Scientific memoirs by medical officers of the Army of India - Part VI,
Year: 1891
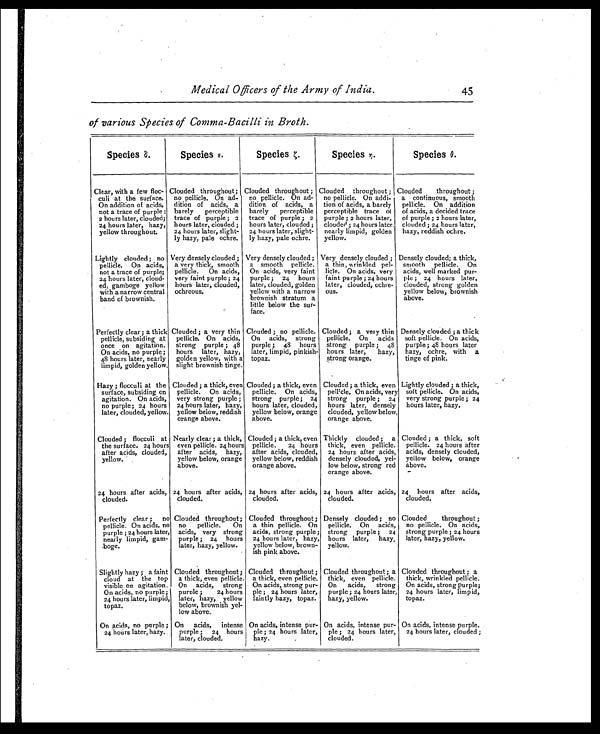
Medical Officers of the Army of India.
45
of various Species of Comma-Bacilli in Broth.
Species δ.
Species ε .
Species ζ.
Species η.
Species β.
Clear, with a few floc-
culi at the surface.
On addition of acids,
not a trace of purple ;
2 hours later, clouded;
24 hours later, hazy,
yellow throughout.
Clouded throughout;
no pellicle. On ad-
dition of acids, a
barely perceptible
trace of purple ; 2
hours later, clouded ;
24 hours later, slight-
ly hazy, pale ochre.
Clouded throughout ;
no pellicle. On ad-
dition of acids, a
barely perceptible
trace of purple; 2
hours later, clouded ;
24 hours later, slight-
ly hazy, pale ochre.
Clouded throughout ;
no pellicle. On addi-
tion of acids, a barely
perceptible trace of
purple; 2 hours later,
clouded; 24 hours later.
nearly limpid, golden
yellow.
Clouded throughout ;
a continuous, smooth
pellicle. On addition
of acids, a decided trace
of purple ; 2 hours later,
clouded ; 24 hours later,
hazy, reddish ochre.
Lightly clouded; no
pellicle. On acids,
not a trace of purple;
24 hours later, cloud-
ed, gamboge yellow
with a narrow central
band of brownish.
Very densely clouded ;
a very thick, smooth
pellicle. On acids,
very faint purple ; 24
hours later, clouded,
ochreous.
Very densely clouded ;
a smooth pellicle.
On acids, very faint
purple; 24 hours
later, clouded, golden
yellow with a narrow
brownish stratum a
little below the sur-
face.
Very densely clouded ;
a thin, wrinkled pel-
licle. On acids, very
faint purple ; 24 hours
later, clouded, ochre-
ous.
Densely clouded; a thick,
smooth pellicle. On
acids, well marked pur-
ple; • 24 hours later,
clouded, strong golden
yellow below, brownish
above.
Perfectly clear; a thick
pellicle, subsiding at
once on agitation.
On acids, no purple ;
48 hours later, nearly
limpid, golden yellow.
Clouded ; a very thin
pellicle. On acids,
strong purple ; 48
hours later, hazy,
golden yellow, with a
slight brownish tinge.
Clouded ; no pellicle.
On acids, strong
purple; 48 hours
later, limpid, pinkish-
topaz.
Clouded ; a very thin
pellicle. On acids
strong purple ; 48
hours later, hazy,
strong orange.
Densely clouded ; a thick
soft pellicle. On acids,
purple ; 48 hours later
hazy, ochre, with a
tinge of pink.
Hazy ; flocculi at the
surface, subsiding on
agitation. On acids,
no purple; 24 hours
later, clouded, yellow.
Clouded ; a thick, even
pellicle. On acids,
very strong purple ;
24 hours later, hazy,
yellow below, reddish
orange above.
Clouded ; a thick, even
pellicle. On acids,
strong purple ; 24
hours later, clouded,
yellow below, orange
above.
Clouded ; a thick, even
pellicle. On acids, very
strong purple ; 2
4 hours later, densely
clouded, yellow below
orange above.
Lightly clouded ; a thick,
soft pellicle. On acids,
very strong purple ; 24
hours later, hazy.
Clouded ; flocculi at
the surface. 24 hours
after acids, clouded,
yellow.
Nearly clear; a thick,
even pellicle. 24 hours
after acids, hazy,
yellow below, orange
above.
Clouded ; a thick, even
pellicle. 24 hours
after acids, clouded,
yellow below, reddish
orange above.
Thickly clouded ; a
thick, even pellicle.
24 hours after acids,
densely clouded, yel-
low below, strong red
orange above.
Clouded ; a thick, soft
pellicle. 24 hours after
acids, densely clouded,
yellow below, orange
above.
24 hours after acids,
clouded.
24 hours after acids,
clouded.
24 hours after acids,
clouded.
24 hours after acids,
clouded.
24 hours after acids,
clouded.
Perfectly clear ; no
pellicle. On acids, no
purple ; 24 hours later,
nearly limpid, gam-
boge.
Clouded throughout;
no pellicle. On
acids, very strong
purple ; 24 hours
later, hazy, yellow.
Clouded throughout ;
a thin pellicle. On
acids, strong purple;
24 hours later, hazy,
yellow below, brown-
ish pink above.
Densely clouded ; no
pellicle. On acids,
strong purple;
24
hours later, hazy,
yellow.
Clouded throughout ;
no pellicle. On acids,
strong purple ; 24 hours
later, hazy, yellow.
Slightly hazy ; a faint
cloud at the top
visible on agitation.
On acids, no purple;
24 hours later, limpid,
topaz.
Clouded throughout;
a thick, even pellicle.
On acids, strong
purple ;
24 hours
later, hazy, yellow
below, brownish yel-
low above.
Clouded throughout ;
a thick, even pellicle.
On acids, strong pur-
ple ; 24 hours later,
faintly hazy, topaz.
Clouded throughout; a
thick, even pellicle.
On acids, strong
purple ; 24 hours later,
hazy, yellow.
Clouded throughout ; a
thick, wrinkled pellicle.
On acids, strong purple;
24 hours later, limpid,
topaz.
On acids, no purple ;
24 hours later, hazy.
On acids, intense
purple ; 24 hours
later, clouded.
On acids, intense pur-
ple ; 24 hours later,
hazy.
On acids, intense pur-
ple ; 24 hours later,
clouded.
On acids, intense purple.
24 hours later, clouded ;